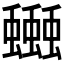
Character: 𧔗